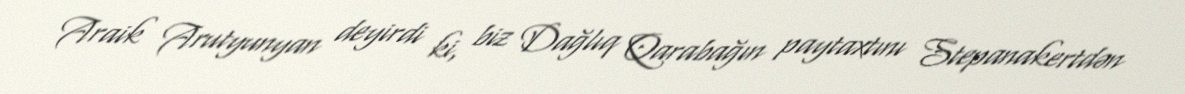
Araik Arutyunyan deyirdi ki, biz Dağlıq Qarabağın paytaxtını Stepanakertdən